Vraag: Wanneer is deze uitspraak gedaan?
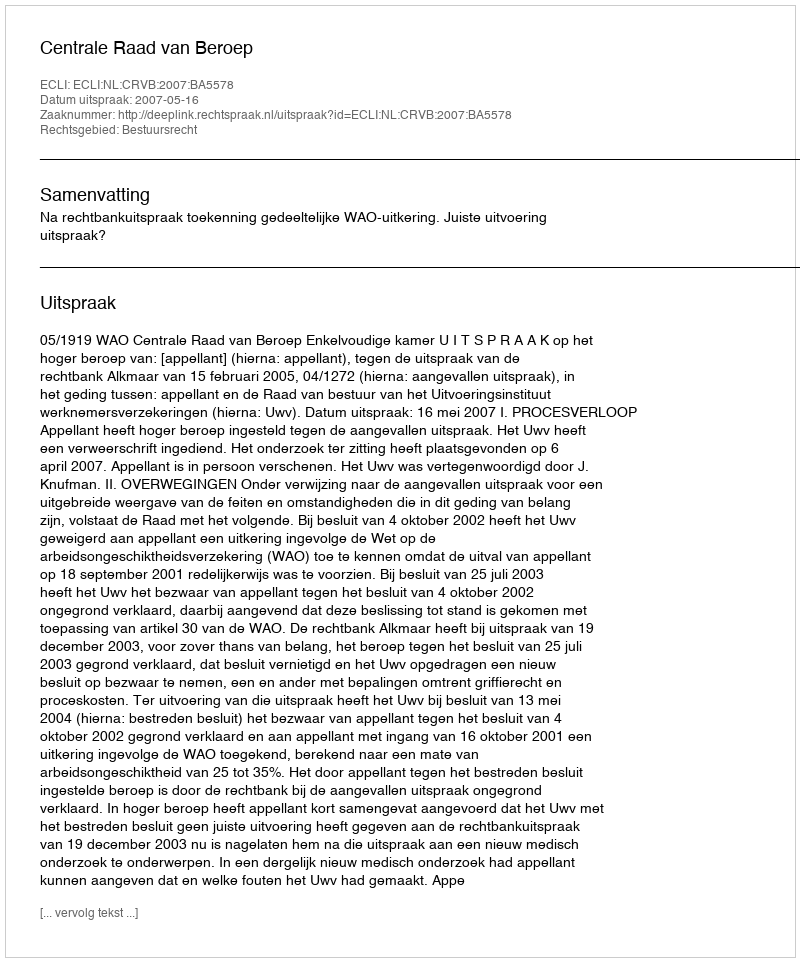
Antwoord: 2007-05-16